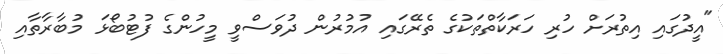
"އީދުގައި އިތުރަށް ހުރި ހަރަކާތްތަކުގެ ތެރޭގައި އުމުރުން ދުވަސްވީ މީހުންގެ ފުޓުބޯޅަ މުބާރާތާއި